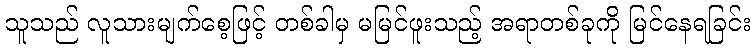
သူသည် လူသားမျက်စေ့ဖြင့် တစ်ခါမှ မမြင်ဖူးသည့် အရာတစ်ခုကို မြင်နေရခြင်း